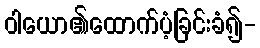
ဝါယော၏ထောက်ပံ့ခြင်းခံ၍-